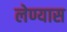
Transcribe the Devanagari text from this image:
लेण्यास